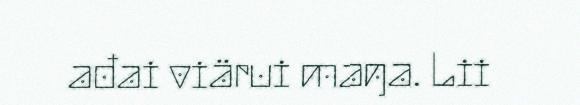
ađai viärui maŋa. Lii